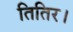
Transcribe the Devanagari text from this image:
तितिर।